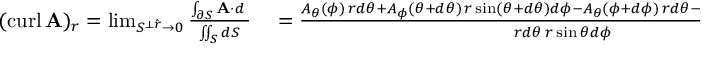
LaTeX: \begin{array} { r l } { ( \operatorname { c u r l } \mathbf { A } ) _ { r } = \operatorname* { l i m } _ { S ^ { \perp { \boldsymbol { \hat { r } } } } \to 0 } { \frac { \int _ { \partial S } \mathbf { A } \cdot d \mathbf { \ell } } { \iint _ { S } d S } } } & { { } = { \frac { A _ { \theta } ( \phi ) \, r d \theta + A _ { \phi } ( \theta + d \theta ) \, r \sin ( \theta + d \theta ) d \phi - A _ { \theta } ( \phi + d \phi ) \, r d \theta - A _ { \phi } ( \theta ) \, r \sin ( \theta ) d \phi } { r d \theta \, r \sin \theta d \phi } } } \end{array}